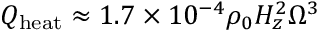
Q _ { \mathrm { h e a t } } \approx 1 . 7 \times 1 0 ^ { - 4 } \rho _ { 0 } H _ { z } ^ { 2 } \Omega ^ { 3 }